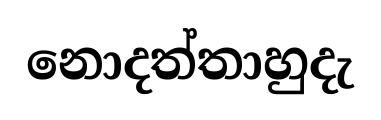
නොදත්තාහුදැ